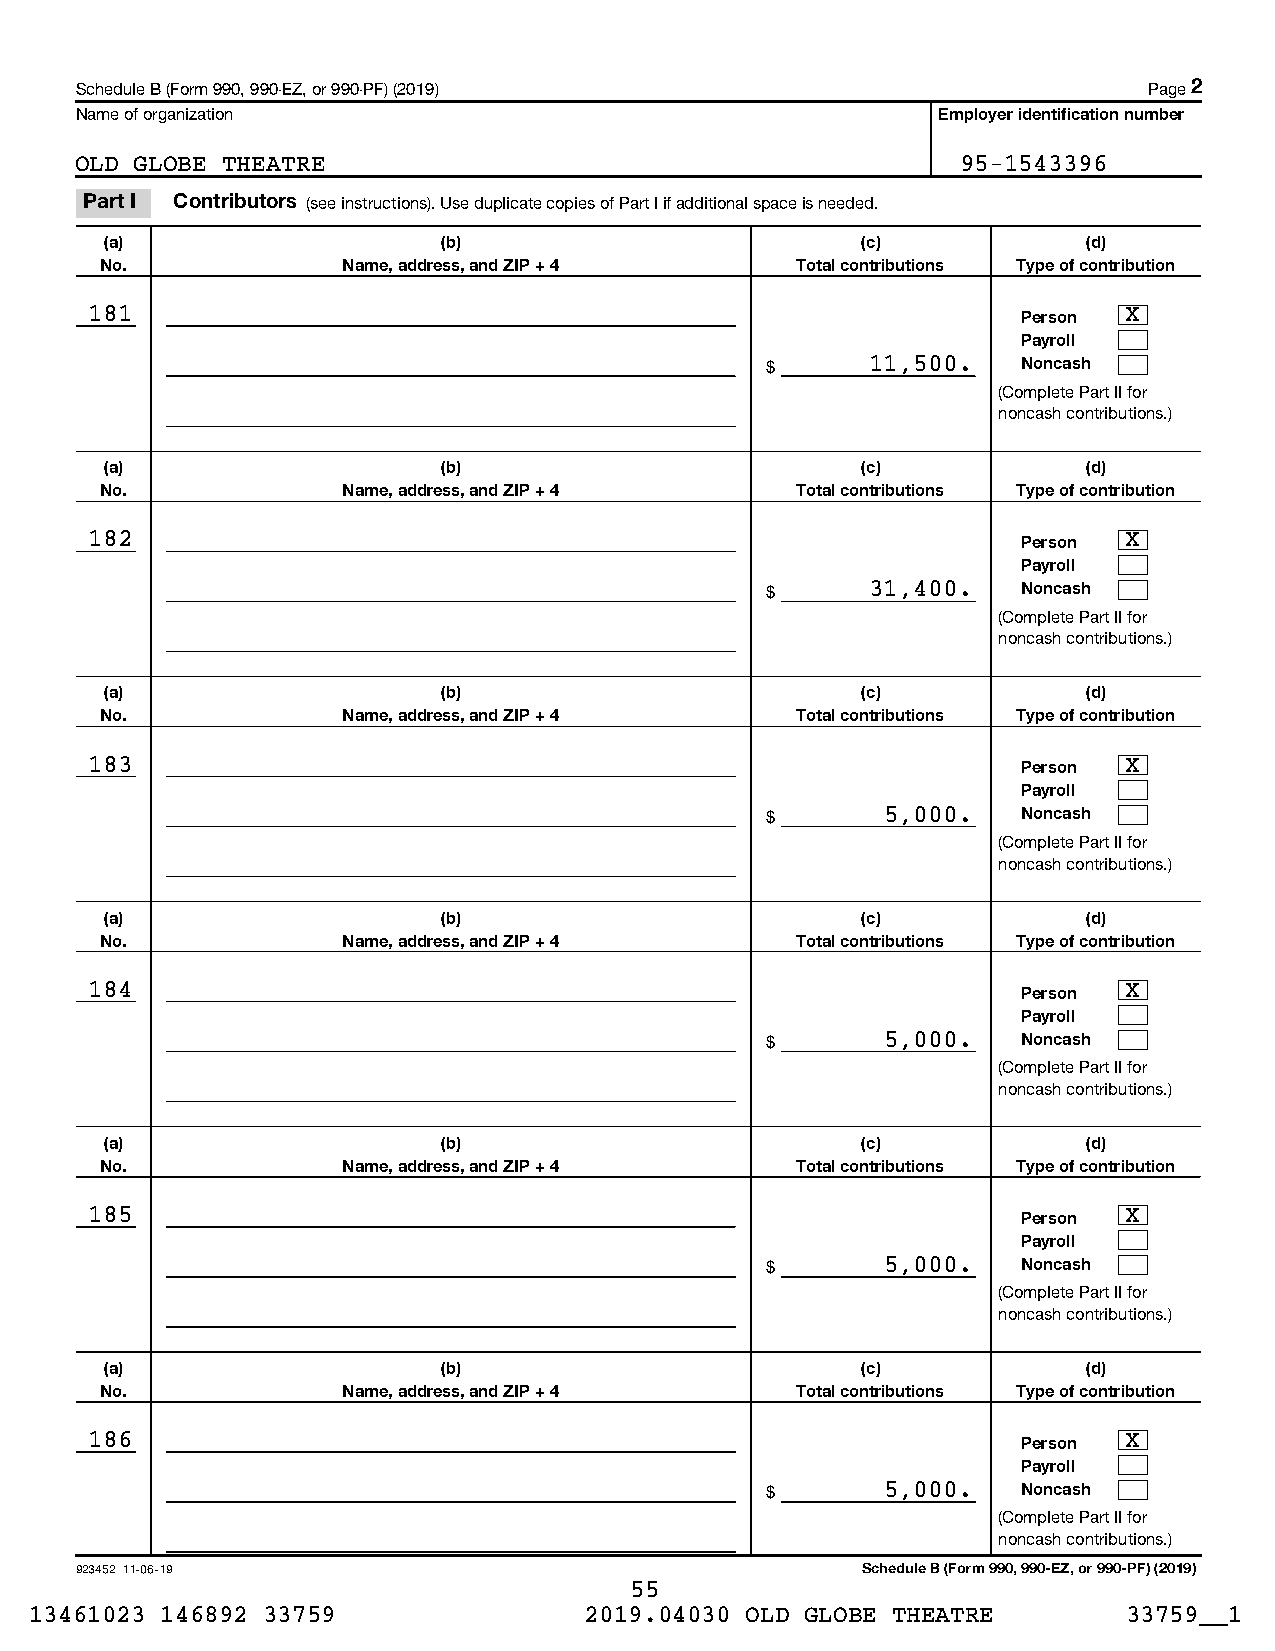
Schedule B (Form 990, 990-EZ, or 990-PF) (2019)                        Page 2
 Name of organization                                     Employer identification number
 OLD GLOBE THEATRE                                          95-1543396
 Part I Contributors (see instructions). Use duplicate copies of Part I if additional space is needed.
 (a)                   (b)                         (c)            (d)
 No.             Name, address, and ZIP + 4    Total contributions Type of contribution
 181                                                           Person X
 Payroll
 $      11,500.   Noncash
 (Complete Part II for
 noncash contributions.)
 (a)                   (b)                         (c)            (d)
 No.             Name, address, and ZIP + 4    Total contributions Type of contribution
 182                                                           Person X
 Payroll
 $      31,400.   Noncash
 (Complete Part II for
 noncash contributions.)
 (a)                   (b)                         (c)            (d)
 No.             Name, address, and ZIP + 4    Total contributions Type of contribution
 183                                                           Person X
 Payroll
 $       5,000.   Noncash
 (Complete Part II for
 noncash contributions.)
 (a)                   (b)                         (c)            (d)
 No.             Name, address, and ZIP + 4    Total contributions Type of contribution
 184                                                           Person X
 Payroll
 $       5,000.   Noncash
 (Complete Part II for
 noncash contributions.)
 (a)                   (b)                         (c)            (d)
 No.             Name, address, and ZIP + 4    Total contributions Type of contribution
 185                                                           Person X
 Payroll
 $       5,000.   Noncash
 (Complete Part II for
 noncash contributions.)
 (a)                   (b)                         (c)            (d)
 No.             Name, address, and ZIP + 4    Total contributions Type of contribution
 186                                                           Person X
 Payroll
 $       5,000.   Noncash
 (Complete Part II for
 noncash contributions.)
 923452 11-06-19                                     Schedule B (Form 990, 990-EZ, or 990-PF) (2019)
 55
 13461023 146892 33759                2019.04030 OLD GLOBE THEATRE        33759__1